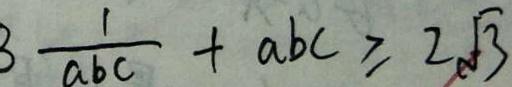
3 \frac { 1 } { a b c } + a b c \geq 2 \sqrt { 3 }